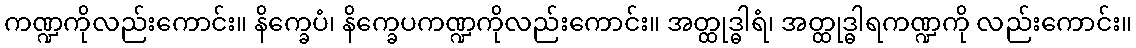
ကဏ္ဍကိုလည်းကောင်း။ နိက္ခေပံ၊ နိက္ခေပကဏ္ဍကိုလည်းကောင်း။ အတ္ထုဒ္ဓါရံ၊ အတ္ထုဒ္ဓါရကဏ္ဍကို လည်းကောင်း။